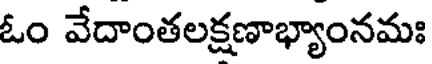
ఓం వేదాంతలక్షణాభ్యాంనమః